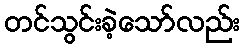
တင်သွင်းခဲ့သော်လည်း